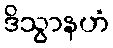
ဒိသွာနဟံ